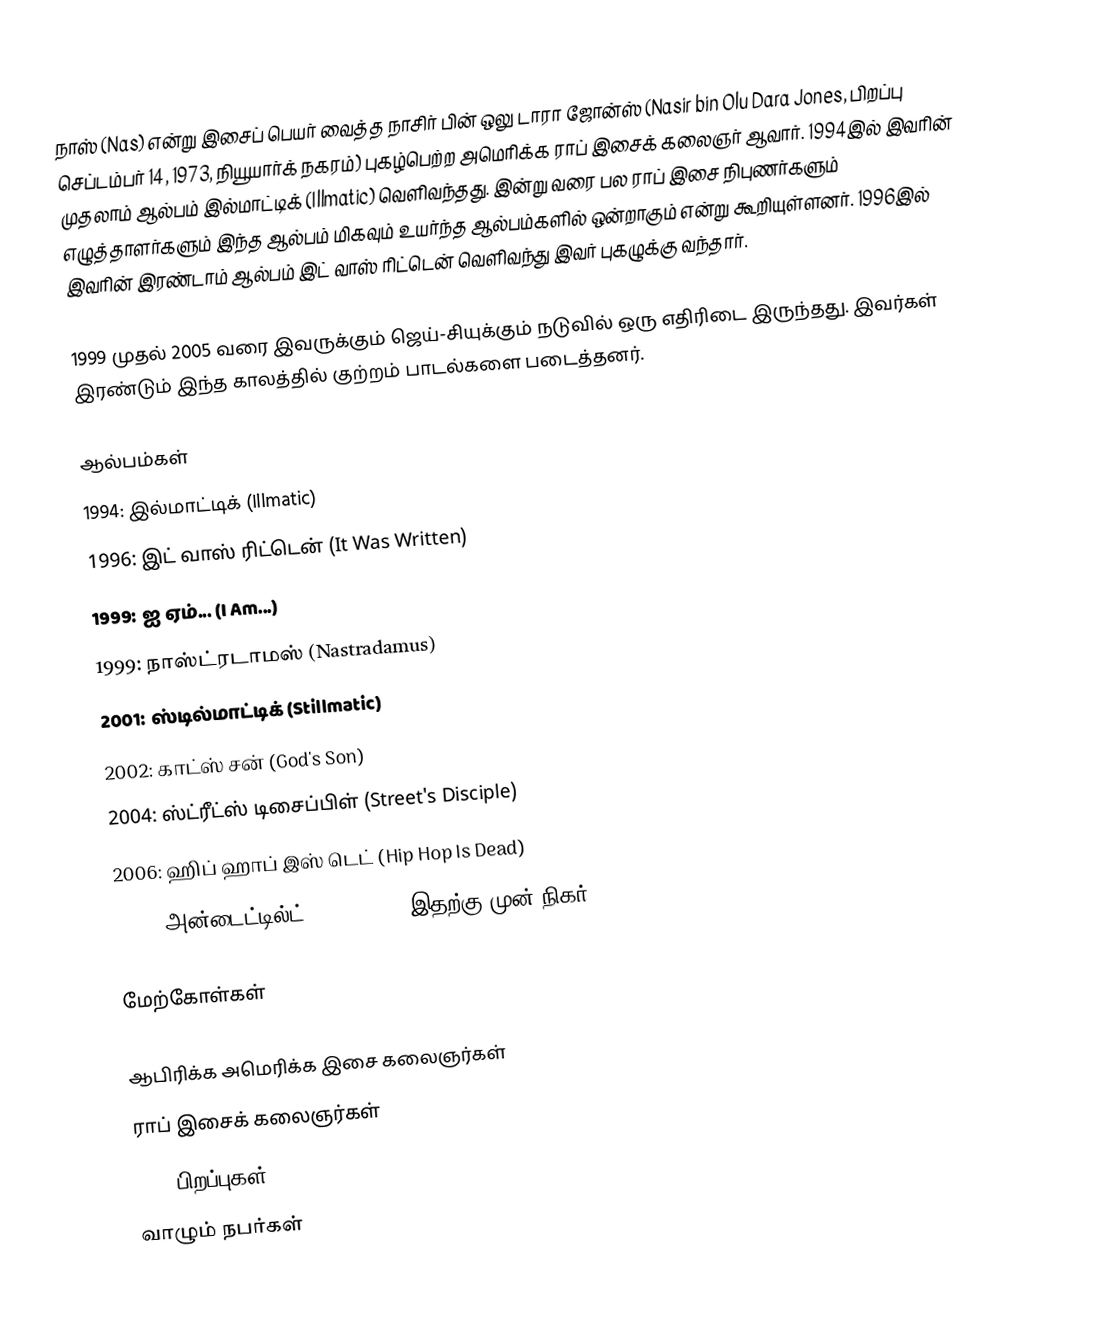
நாஸ் (Nas) என்று இசைப் பெயர் வைத்த நாசிர் பின் ஒலு டாரா ஜோன்ஸ் (Nasir bin Olu Dara Jones, பிறப்பு செப்டம்பர் 14, 1973, நியூயார்க் நகரம்) புகழ்பெற்ற அமெரிக்க ராப் இசைக் கலைஞர் ஆவார். 1994இல் இவரின் முதலாம் ஆல்பம் இல்மாட்டிக் (Illmatic) வெளிவந்தது. இன்று வரை பல ராப் இசை நிபுணர்களும் எழுத்தாளர்களும் இந்த ஆல்பம் மிகவும் உயர்ந்த ஆல்பம்களில் ஒன்றாகும் என்று கூறியுள்ளனர். 1996இல் இவரின் இரண்டாம் ஆல்பம் இட் வாஸ் ரிட்டென் வெளிவந்து இவர் புகழுக்கு வந்தார்.

1999 முதல் 2005 வரை இவருக்கும் ஜெய்-சியுக்கும் நடுவில் ஒரு எதிரிடை இருந்தது. இவர்கள் இரண்டும் இந்த காலத்தில் குற்றம் பாடல்களை படைத்தனர்.

ஆல்பம்கள்
 1994: இல்மாட்டிக் (Illmatic)
 1996: இட் வாஸ் ரிட்டென் (It Was Written)
 1999: ஐ ஏம்... (I Am...)
 1999: நாஸ்ட்ரடாமஸ் (Nastradamus)
 2001: ஸ்டில்மாட்டிக் (Stillmatic)
 2002: காட்ஸ் சன் (God's Son)
 2004: ஸ்ட்ரீட்ஸ் டிசைப்பிள் (Street's Disciple)
 2006: ஹிப் ஹாப் இஸ் டெட் (Hip Hop Is Dead)
 2008: அன்டைட்டில்ட் (Untitled) (இதற்கு முன் நிகர்) (Nigger)

மேற்கோள்கள்

ஆபிரிக்க அமெரிக்க இசை கலைஞர்கள்
ராப் இசைக் கலைஞர்கள்
1973 பிறப்புகள்
வாழும் நபர்கள்